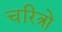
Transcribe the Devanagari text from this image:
चरित्रो